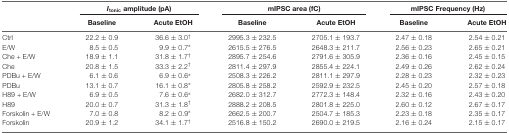
<table><thead><tr><td></td><td colspan="2"><b><i>I</i><sub>tonic</sub> amplitude (pA)</b></td><td colspan="2"><b>mIPSC area (fC)</b></td><td colspan="2"><b>mIPSC Frequency (Hz)</b></td></tr><tr><td></td><td><b>Baseline</b></td><td><b>Acute EtOH</b></td><td><b>Baseline</b></td><td><b>Acute EtOH</b></td><td><b>Baseline</b></td><td><b>Acute EtOH</b></td></tr></thead><tbody><tr><td>Ctrl</td><td>22.2 ± 0.9</td><td>36.6 ± 3.0<sup>†</sup></td><td>2995.3 ± 232.5</td><td>2705.1 ± 193.7</td><td>2.47 ± 0.18</td><td>2.54 ± 0.21</td></tr><tr><td>E/W</td><td>8.5 ± 0.5</td><td>9.9 ± 0.7*</td><td>2615.5 ± 276.5</td><td>2648.3 ± 211.7</td><td>2.56 ± 0.23</td><td>2.65 ± 0.21</td></tr><tr><td>Che + E/W</td><td>18.9 ± 1.1</td><td>31.8 ± 1.7<sup>†</sup></td><td>2895.7 ± 254.6</td><td>2791.6 ± 305.9</td><td>2.36 ± 0.16</td><td>2.45 ± 0.15</td></tr><tr><td>Che</td><td>20.8 ± 1.5</td><td>33.3 ± 2.2<sup>†</sup></td><td>2811.4 ± 297.9</td><td>2855.4 ± 224.1</td><td>2.49 ± 0.26</td><td>2.62 ± 0.24</td></tr><tr><td>PDBu + E/W</td><td>6.1 ± 0.6</td><td>6.9 ± 0.6*</td><td>2508.3 ± 226.2</td><td>2811.1 ± 297.9</td><td>2.28 ± 0.23</td><td>2.32 ± 0.23</td></tr><tr><td>PDBu</td><td>13.1 ± 0.7</td><td>16.1 ± 0.8*</td><td>2805.8 ± 258.2</td><td>2592.9 ± 232.5</td><td>2.45 ± 0.20</td><td>2.57 ± 0.18</td></tr><tr><td>H89 + E/W</td><td>6.9 ± 0.5</td><td>7.6 ± 0.6*</td><td>2682.0 ± 312.7</td><td>2772.3 ± 148.4</td><td>2.32 ± 0.16</td><td>2.43 ± 0.20</td></tr><tr><td>H89</td><td>20.0 ± 0.7</td><td>31.3 ± 1.8<sup>†</sup></td><td>2888.2 ± 208.5</td><td>2801.8 ± 225.0</td><td>2.60 ± 0.12</td><td>2.67 ± 0.17</td></tr><tr><td>Forskolin + E/W</td><td>7.0 ± 0.8</td><td>8.2 ± 0.9*</td><td>2662.5 ± 200.7</td><td>2504.7 ± 185.3</td><td>2.23 ± 0.18</td><td>2.35 ± 0.17</td></tr><tr><td>Forskolin</td><td>20.9 ± 1.2</td><td>34.1 ± 1.7<sup>†</sup></td><td>2516.8 ± 150.2</td><td>2690.0 ± 219.5</td><td>2.16 ± 0.24</td><td>2.15 ± 0.17</td></tr></tbody></table>